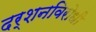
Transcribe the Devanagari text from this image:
दर्शनविरोधी